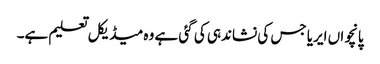
پانچواں ایریا جس کی نشاندہی کی گئی ہے وہ میڈیکل تعلیم ہے۔